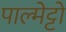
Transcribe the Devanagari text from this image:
पाल्मेट्टो